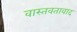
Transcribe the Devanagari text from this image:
वास्तवतावाद